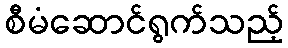
စီမံဆောင်ရွက်သည့်